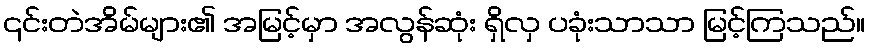
၎င်းတဲအိမ်များ၏ အမြင့်မှာ အလွန်ဆုံး ရှိလှ ပခုံးသာသာ မြင့်ကြသည်။